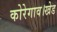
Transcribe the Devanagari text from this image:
कोरेगाव।खेड